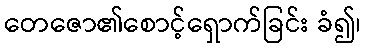
တေဇော၏စောင့်ရှောက်ခြင်း ခံ၍၊